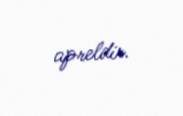
apreldir.